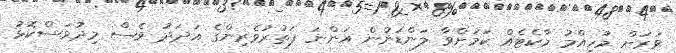
ވަރަށް މުހިއްމު މާކެޓެއް ކަމަށްވާ ލަންޑަނުން އަންނަ ފަތުރުވެރިންގެ އަދަދު ވެސް މިދުވަސްކޮޅު